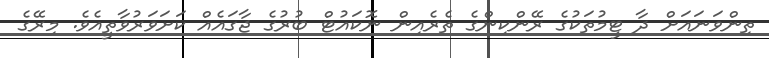
ތިންވަނައަށް ދާ ޓީމުތަކުގެ ރޭންކިންގެ ތެރެއިން ނޮކައުޓް ބުރުގެ ޖާގައެއް ކަަށަވަރުވާތީއެވެ. މިރޭގެ